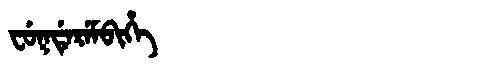
Manchu: ᠸᡠᡴᡩᡝᡵᡝᠮᠪᡳᡥᡝ
Romanization: FUKDEREMBIHE